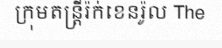
ក្រុមតន្ត្រីរ៉ក់ខេនរ៉ូល The